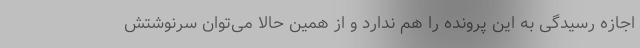
اجازه رسیدگی به این پرونده را هم ندارد و از همین حالا می‌توان سرنوشتش